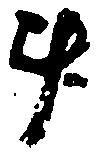
斗